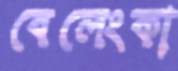
বেলেংকা